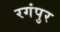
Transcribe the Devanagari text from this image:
रगंपुर